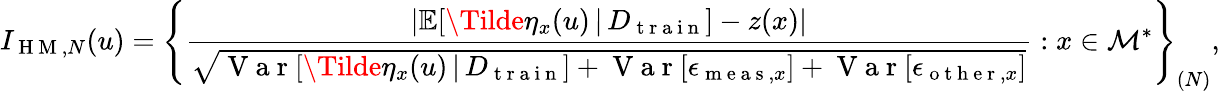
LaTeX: I_{\mathrm{~H~M~},N}(u)=\left\{ \frac{\lvert\mathbb{E}[\Tilde{\eta}_{x}(u)\, \vert\, D_{\mathrm{~t~r~a~i~n~}}]-z(x)\rvert}{\sqrt{\mathrm{~V~a~r~}[\Tilde{\eta}_{x}(u)\, \vert\, D_{\mathrm{~t~r~a~i~n~}}]+\mathrm{~V~a~r~}[\epsilon_{\mathrm{~m~e~a~s~},x}]+\mathrm{~V~a~r~}[\epsilon_{\mathrm{~o~t~h~e~r~},x}]}}:x\in\mathcal{M}^{*}\right\} _{(N)},